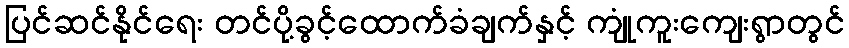
ပြင်ဆင်နိုင်ရေး တင်ပို့ခွင့်ထောက်ခံချက်နှင့် ကျုံကူးကျေးရွာတွင်